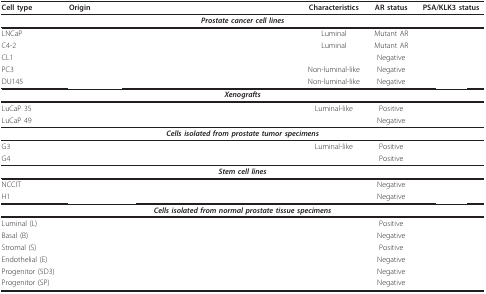
<table><thead><tr><td><b>Cell type</b></td><td><b>Origin</b></td><td><b>Characteristics</b></td><td><b>AR status</b></td><td><b>PSA/KLK3 status</b></td></tr></thead><tbody><tr><td colspan="5"><b><i>Prostate cancer cell lines</i></b></td></tr><tr><td>LNCaP</td><td>[EMPTY_CELL]</td><td>Luminal</td><td>Mutant AR</td><td>[EMPTY_CELL]</td></tr><tr><td>C4-2</td><td>[EMPTY_CELL]</td><td>Luminal</td><td>Mutant AR</td><td>[EMPTY_CELL]</td></tr><tr><td>CL1</td><td>[EMPTY_CELL]</td><td>[EMPTY_CELL]</td><td>Negative</td><td>[EMPTY_CELL]</td></tr><tr><td>PC3</td><td>[EMPTY_CELL]</td><td>Non-luminal-like</td><td>Negative</td><td>[EMPTY_CELL]</td></tr><tr><td>DU145</td><td>[EMPTY_CELL]</td><td>Non-luminal-like</td><td>Negative</td><td>[EMPTY_CELL]</td></tr><tr><td colspan="5"><b><i>Xenografts</i></b></td></tr><tr><td>LuCaP 35</td><td>[EMPTY_CELL]</td><td>Luminal-like</td><td>Positive</td><td>[EMPTY_CELL]</td></tr><tr><td>LuCaP 49</td><td>[EMPTY_CELL]</td><td>[EMPTY_CELL]</td><td>Negative</td><td>[EMPTY_CELL]</td></tr><tr><td colspan="5"><b><i>Cells isolated from prostate tumor specimens</i></b></td></tr><tr><td>G3</td><td>[EMPTY_CELL]</td><td>Luminal-like</td><td>Positive</td><td>[EMPTY_CELL]</td></tr><tr><td>G4</td><td>[EMPTY_CELL]</td><td>[EMPTY_CELL]</td><td>Positive</td><td>[EMPTY_CELL]</td></tr><tr><td colspan="5"><b><i>Stem cell lines</i></b></td></tr><tr><td>NCCIT</td><td>[EMPTY_CELL]</td><td>[EMPTY_CELL]</td><td>Negative</td><td>[EMPTY_CELL]</td></tr><tr><td>H1</td><td>[EMPTY_CELL]</td><td>[EMPTY_CELL]</td><td>Negative</td><td>[EMPTY_CELL]</td></tr><tr><td colspan="5"><b><i>Cells isolated from normal prostate tissue specimens</i></b></td></tr><tr><td>Luminal (L)</td><td>[EMPTY_CELL]</td><td>[EMPTY_CELL]</td><td>Positive</td><td>[EMPTY_CELL]</td></tr><tr><td>Basal (B)</td><td>[EMPTY_CELL]</td><td>[EMPTY_CELL]</td><td>Negative</td><td>[EMPTY_CELL]</td></tr><tr><td>Stromal (S)</td><td>[EMPTY_CELL]</td><td>[EMPTY_CELL]</td><td>Positive</td><td>[EMPTY_CELL]</td></tr><tr><td>Endothelial (E)</td><td>[EMPTY_CELL]</td><td>[EMPTY_CELL]</td><td>Negative</td><td>[EMPTY_CELL]</td></tr><tr><td>Progenitor (5D3)</td><td>[EMPTY_CELL]</td><td>[EMPTY_CELL]</td><td>Negative</td><td>[EMPTY_CELL]</td></tr><tr><td>Progenitor (SP)</td><td>[EMPTY_CELL]</td><td>[EMPTY_CELL]</td><td>Negative</td><td>[EMPTY_CELL]</td></tr></tbody></table>